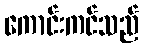
ကောင်းကင်သည်